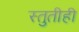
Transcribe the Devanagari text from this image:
स्तुतीही